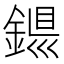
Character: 𨨴